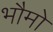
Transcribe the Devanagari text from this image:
भौमो